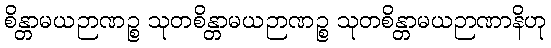
စိန္တာမယဉာဏဉ္စ သုတစိန္တာမယဉာဏဉ္စ သုတစိန္တာမယဉာဏာနိဟု